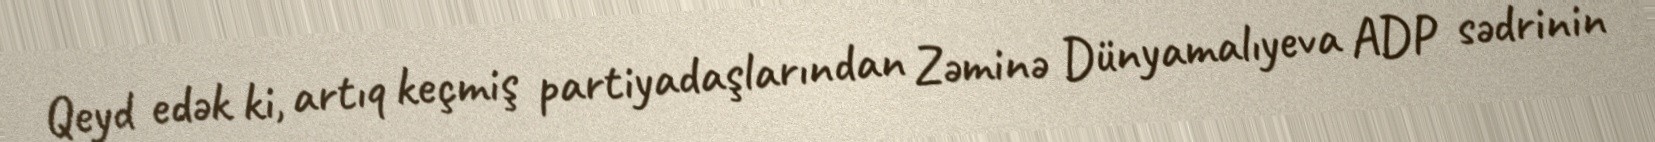
Qeyd edək ki, artıq keçmiş partiyadaşlarından Zəminə Dünyamalıyeva ADP sədrinin